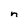
Character: n